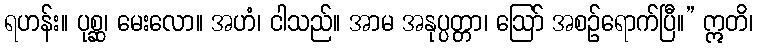
ရဟန်း။ ပုစ္ဆ၊ မေးလော။ အဟံ၊ ငါသည်။ အာမ အနုပ္ပတ္တာ၊ ဩော် အစဉ်ရောက်ပြီ။” ဣတိ၊